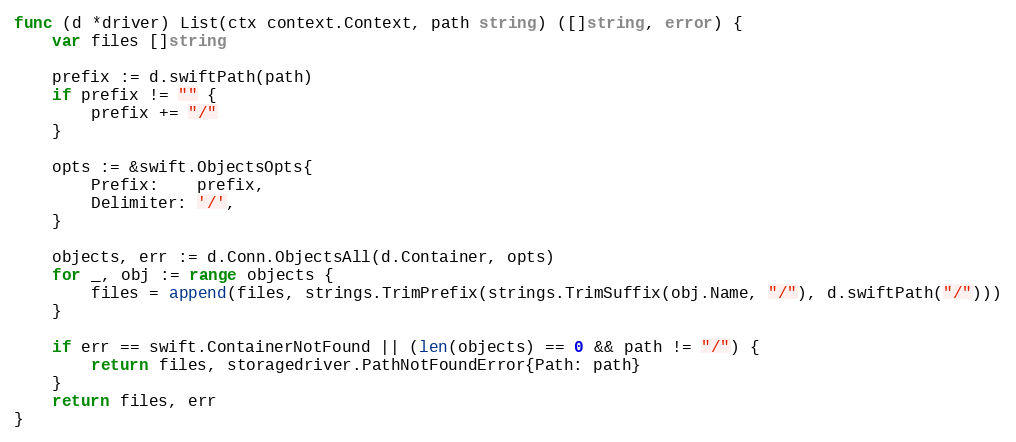
Language: Go
func (d *driver) List(ctx context.Context, path string) ([]string, error) {
	var files []string

	prefix := d.swiftPath(path)
	if prefix != "" {
		prefix += "/"
	}

	opts := &swift.ObjectsOpts{
		Prefix:    prefix,
		Delimiter: '/',
	}

	objects, err := d.Conn.ObjectsAll(d.Container, opts)
	for _, obj := range objects {
		files = append(files, strings.TrimPrefix(strings.TrimSuffix(obj.Name, "/"), d.swiftPath("/")))
	}

	if err == swift.ContainerNotFound || (len(objects) == 0 && path != "/") {
		return files, storagedriver.PathNotFoundError{Path: path}
	}
	return files, err
}